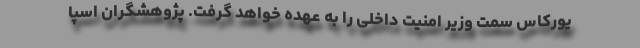
یورکاس سمت وزیر امنیت داخلی را به عهده خواهد گرفت. پژوهشگران اسپا